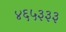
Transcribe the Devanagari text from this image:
४६५३३३